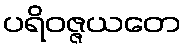
ပရိဝဇ္ဇယတေ